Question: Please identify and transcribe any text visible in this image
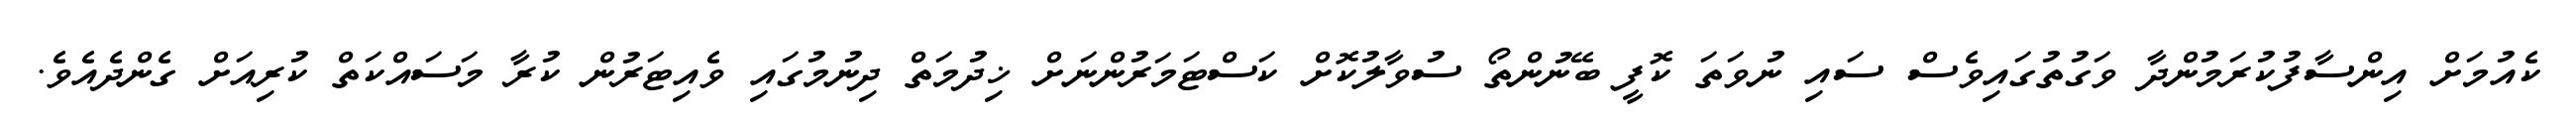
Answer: ކެއުމަށް އިންސާފުކުރަމުންދާ ވަގުތުގައިވެސް ސައި ނުވަތަ ކޮފީ ބޭނުންތޯ ސުވާލުކޮށް ކަސްޓަމަރުންނަށް ޚިދުމަތް ދިނުމުގައި ވެއިޓަރުން ކުރާ މަސައްކަތް ކުރިއަށް ގެންދެއެވެ.